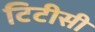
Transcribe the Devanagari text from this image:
टिटीसी